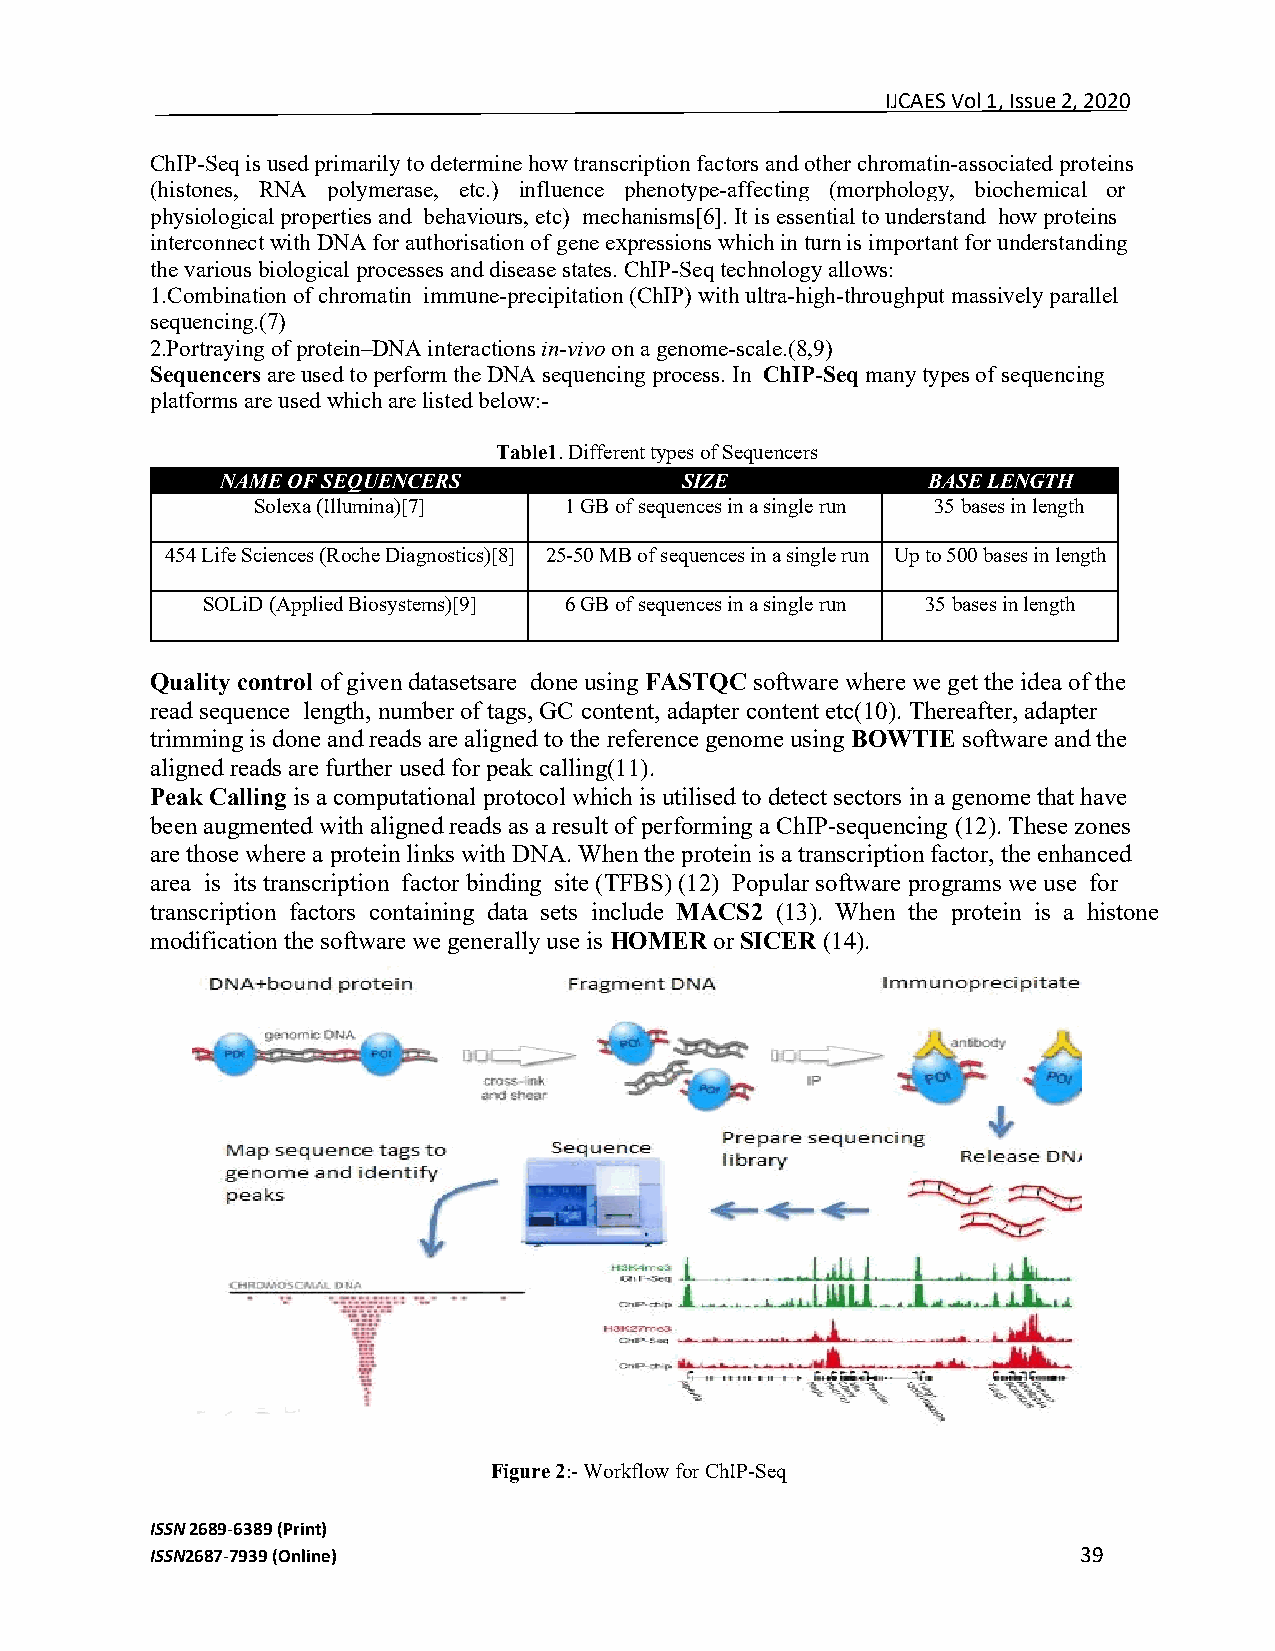
IJCAES Vol 1, Issue 2, 2020
 ChIP-Seq is used primarily to determine how transcription factors and other chromatin-associated proteins
 (histones, RNA polymerase, etc.) influence phenotype-affecting (morphology, biochemical or
 physiological properties and behaviours, etc) mechanisms[6]. It is essential to understand how proteins
 interconnect with DNA for authorisation of gene expressions which in turn is important for understanding
 the various biological processes and disease states. ChIP-Seq technology allows:
 1.Combination of chromatin immune-precipitation (ChIP) with ultra-high-throughput massively parallel
 sequencing.(7)
 2.Portraying of protein–DNA interactions in-vivo on a genome-scale.(8,9)
 Sequencers are used to perform the DNA sequencing process. In ChIP-Seq many types of sequencing
 platforms are used which are listed below:-
 Table1. Different types of Sequencers
 NAME OF SEQUENCERS            SIZE            BASE LENGTH
 Solexa (Illumina)[7] 1 GB of sequences in a single run 35 bases in length
 454 Life Sciences (Roche Diagnostics)[8] 25-50 MB of sequences in a single run Up to 500 bases in length
 SOLiD (Applied Biosystems)[9] 6 GB of sequences in a single run 35 bases in length
 Quality control of given datasetsare done using FASTQC software where we get the idea of the
 read sequence length, number of tags, GC content, adapter content etc(10). Thereafter, adapter
 trimming is done and reads are aligned to the reference genome using BOWTIE software and the
 aligned reads are further used for peak calling(11).
 Peak Calling is a computational protocol which is utilised to detect sectors in a genome that have
 been augmented with aligned reads as a result of performing a ChIP-sequencing (12). These zones
 are those where a protein links with DNA. When the protein is a transcription factor, the enhanced
 area is its transcription factor binding site (TFBS) (12) Popular software programs we use for
 transcription factors containing data sets include MACS2 (13). When the protein is a histone
 modification the software we generally use is HOMER or SICER (14).
 Figure 2:- Workflow for ChIP-Seq
 ISSN 2689-6389 (Print)
 ISSN2687-7939 (Online)                                        39